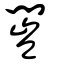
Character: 闓